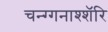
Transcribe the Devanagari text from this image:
चन्ग्गनाश्शॅरि